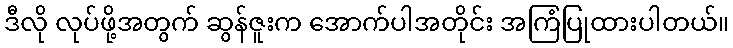
ဒီလို လုပ်ဖို့အတွက် ဆွန်ဇူးက အောက်ပါအတိုင်း အကြံပြုထားပါတယ်။